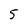
Character: 5